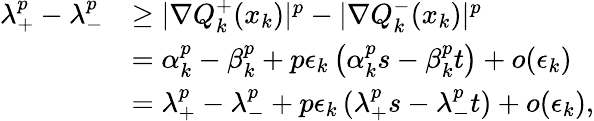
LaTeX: \begin{array}{rl}{\lambda_{+}^{p}-\lambda_{-}^{p}}&{\geq|\nabla Q_{k}^{+}(x_{k})|^{p}-|\nabla Q_{k}^{-}(x_{k})|^{p}}\\ &{=\alpha_{k}^{p}-\beta_{k}^{p}+p\epsilon_{k}\left(\alpha_{k}^{p}s-\beta_{k}^{p}t\right)+o(\epsilon_{k})}\\ &{=\lambda_{+}^{p}-\lambda_{-}^{p}+p\epsilon_{k}\left(\lambda_{+}^{p}s-\lambda_{-}^{p}t\right)+o(\epsilon_{k}),}\end{array}